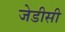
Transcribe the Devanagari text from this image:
जेडीसी